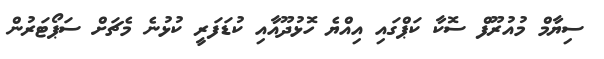
ސިޔާމް މުއުރޫފް ސޮކާ ކަޕްގައި އިއްޔެ ހޮޅުދޫއާއި ކުޑަފަރީ ކުޅުނެ މެޗަށް ސަޕޯޓަރުން